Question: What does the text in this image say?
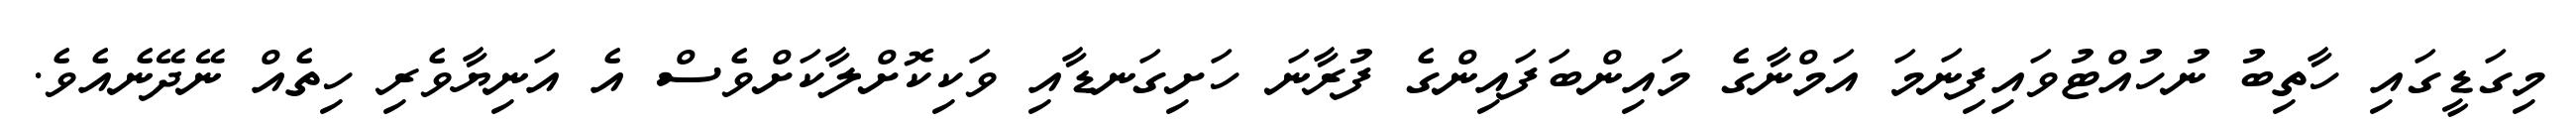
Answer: މިގަޑީގައި ހާތިބު ނުހުއްޓުވައިފިނަމަ އަމްނާގެ މައިންބަފައިންގެ ފުރާނަ ހަށިގަނޑާއި ވަކިކޮށްލާކަށްވެސް އެ އަނިޔާވެރި ހިތެއް ނޭދޭނެއެވެ.